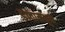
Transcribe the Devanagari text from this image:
डावामधून